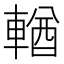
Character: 輶